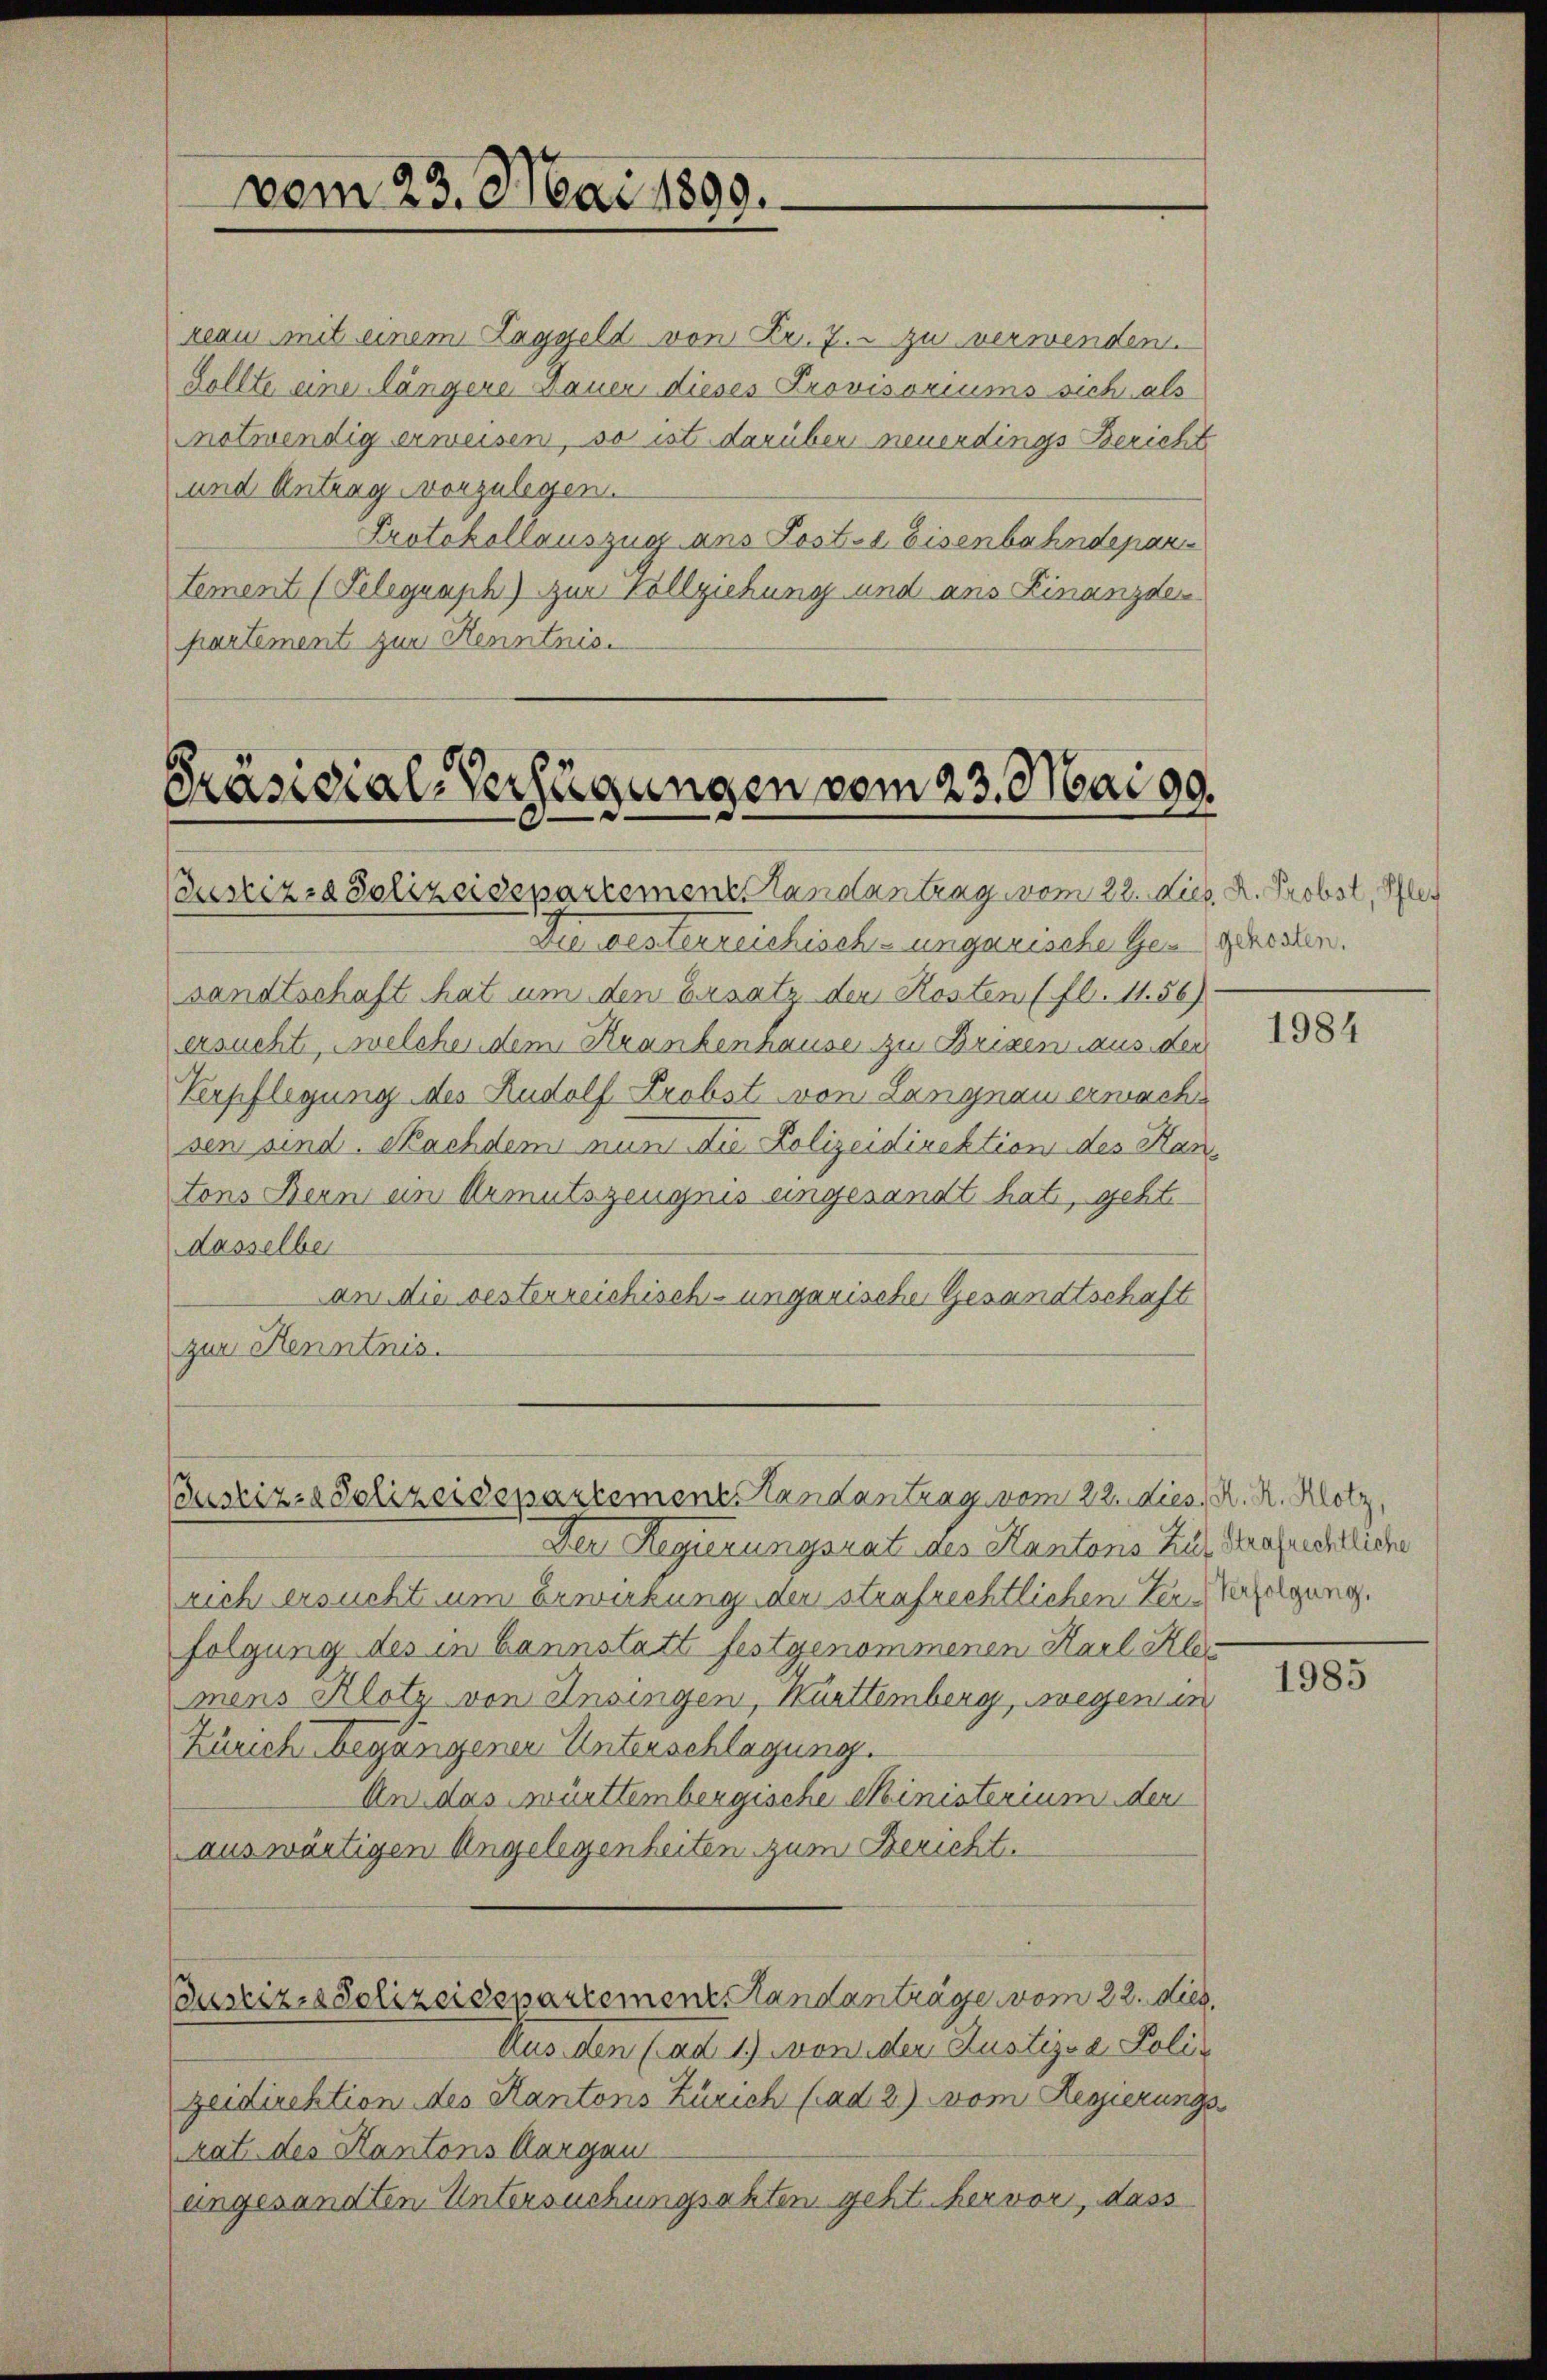
vom 23. Mai 1890.

reau mit einem Taggeld von Fr. 7. zu verwenden.
Sollte eine längere Mauer dieses Provisoriums sich als
notwendig erweisen, so ist darüber neuerdings Bericht
und Antrag vorzulegen.
Protokollauszug ans Post. Eisenbahndepar¬
Lement (Telegraph) zur Vollziehung und ans Finanzde
partement zur Kenntnis.

Präsidial-Verfügungen vom 23. Mai d.
Pustiz- & Polizeidepartement Randantrag vom 22. Lieb. R. Probst, Pfleg

Pustiz- & Polizeidepartement Handantrag vom 22. dies, A. R. Klotz,

Die westerreichisch-ungarische Gengeressen.
sandtschaft hat um den Ersatz der Kosten (fl. 11.56)
ersucht, welcher dem Krankenhause zu Brixen aus der
Verpflegung des Rudolf Probst von Langnau ermach
sen sind. Nachdem nun die Polizeidirektion des Kantons Bern ein Armutszeugnis eingesandt hat, geht
dasselber
an die besterreichisch-ungarische Gesandtschaft
zur Kenntnis.

Der Regierungsrat des Kantons Zug, Grafrechtliche
rich ersucht um Erwirkung der strafrechtlichen Zer-Verfolgung.
folgung des in Bannstatt festgenommenen Karl Klamens Klotz von Insingen, Kurttemberg, wegen in
Zürich begangenen Unterschlagung.
An das württembergische Ministerium den
auswärtigen Angelegenheiten zum Bericht.
Custiz-Polizeidepartement Handanträge vom 22. dies.
Aus den (ad 1) wowider Rustiz- & Polizeidirektion des Kantons Zürich (ad 2) vom Regierungs
rat des Kantons Aargau
angesandten Untersuchungsakten geht hervor, dass

1984

1985